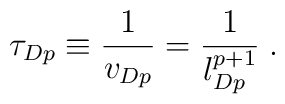
\tau_{Dp}\equiv\frac{1}{v_{Dp}}=\frac{1}{l_{Dp}^{p+1}} \; .